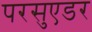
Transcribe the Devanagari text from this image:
परसुएडर